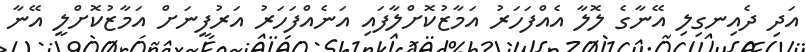
އަދި ދެއިނގިލި އޭނާގެ ލޮލާ އެއްފަހަރު އަމާޒުކޮށްލާފައި އަނެއްފަހަރު އަރުފީނަށް އަމާޒުކޮށްލީ އޭނާ